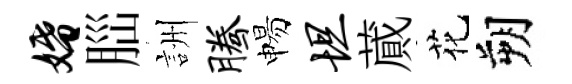
婚𦛁詶腾惕坦蕆花朔